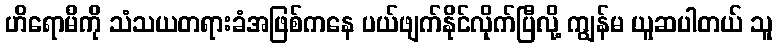
ဟိရောမိကို သံသယတရားခံအဖြစ်ကနေ ပယ်ဖျက်နိုင်လိုက်ပြီလို့ ကျွန်မ ယူဆပါတယ် သူ